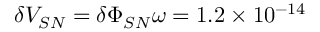
\delta V _ { S N } = \delta \Phi _ { S N } \omega = 1 . 2 \times 1 0 ^ { - 1 4 }